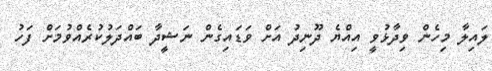
ލައިލާ މިހެން ވިދާޅުވީ އިއްޔެ ދޫނިދު އަށް ވަޑައިގެން ނަޝީދާ ބައްދަލުކުރެއްވުމަށް ފަހު